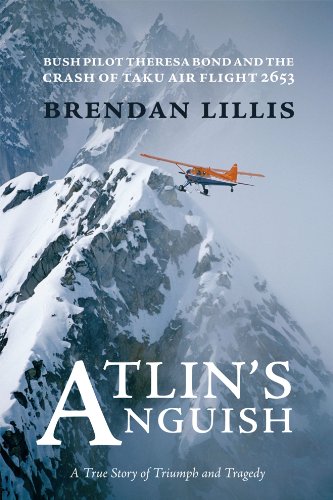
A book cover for Atlins Anguish: Bush Pilot Theresa Bond and the Crash of Taku Air Flight 2653; Brendan Lillis; Biographies & Memoirs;